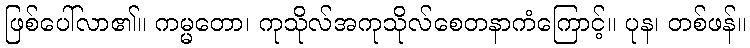
ဖြစ်ပေါ်လာ၏။ ကမ္မတော၊ ကုသိုလ်အကုသိုလ်စေတနာကံကြောင့်။ ပုန၊ တစ်ဖန်။